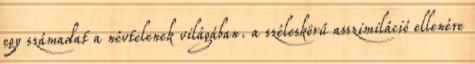
egy számadat a névtelenek világában. a széleskörű asszimiláció ellenére